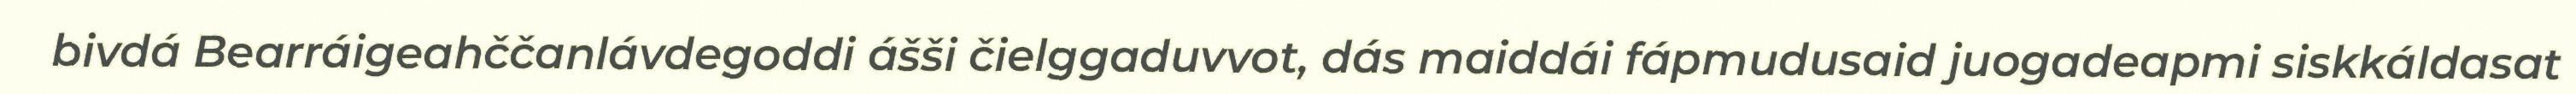
bivdá Bearráigeahččanlávdegoddi ášši čielggaduvvot, dás maiddái fápmudusaid juogadeapmi siskkáldasat